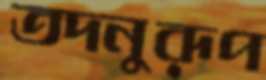
তদনুরূপ